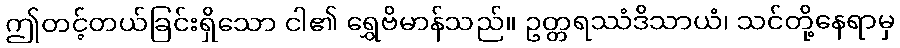
ဤတင့်တယ်ခြင်းရှိသော ငါ၏ ရွှေဗိမာန်သည်။ ဥတ္တရဿံဒိသာယံ၊ သင်တို့နေရာမှ